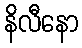
နိလီနော